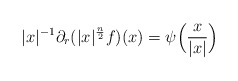
\begin{align*} |x|^{-1} \partial_r(|x|^{\frac{n}{2}}f)(x) = \psi\Big(\frac{x}{|x|}\Big)\end{align*}